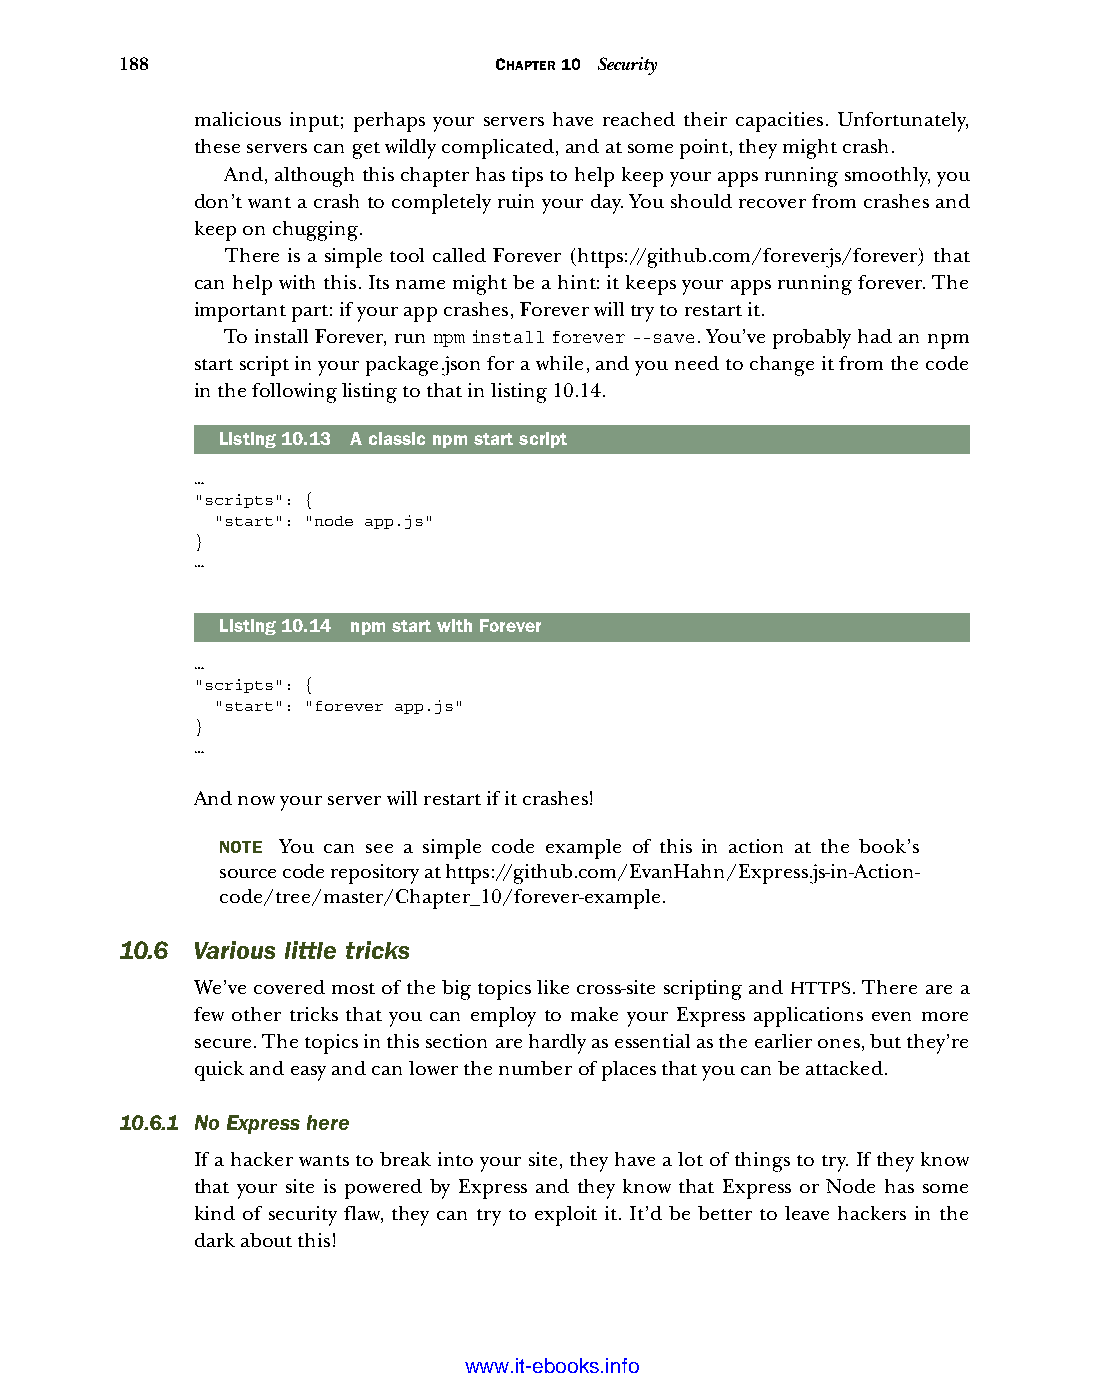
188                      CHAPTER 10 Security
 malicious input; perhaps your servers have reached their capacities. Unfortunately,
 these servers can get wildly complicated, and at some point, they might crash.
 And, although this chapter has tips to help keep your apps running smoothly, you
 don’t want a crash to completely ruin your day. You should recover from crashes and
 keep on chugging.
 There is a simple tool called Forever (https://github.com/foreverjs/forever) that
 can help with this. Its name might be a hint: it keeps your apps running forever. The
 important part: if your app crashes, Forever will try to restart it.
 To install Forever, run npm install forever --save. You’ve probably had an npm
 start script in your package.json for a while, and you need to change it from the code
 in the following listing to that in listing 10.14.
 Listing10.13 A classic npm start script
 …
 "scripts": {
 "start": "node app.js"
 }
 …
 Listing10.14 npm start with Forever
 …
 "scripts": {
 "start": "forever app.js"
 }
 …
 And now your server will restart if it crashes!
 NOTE You can see a simple code example of this in action at the book’s
 source code repository at https://github.com/EvanHahn/Express.js-in-Action-
 code/tree/master/Chapter_10/forever-example.
 10.6 Various little tricks
 We’ve covered most of the big topics like cross-site scripting and HTTPS. There are a
 few other tricks that you can employ to make your Express applications even more
 secure. The topics in this section are hardly as essential as the earlier ones, but they’re
 quick and easy and can lower the number of places that you can be attacked.
 10.6.1 No Express here
 If a hacker wants to break into your site, they have a lot of things to try. If they know
 that your site is powered by Express and they know that Express or Node has some
 kind of security flaw, they can try to exploit it. It’d be better to leave hackers in the
 dark about this!
 Licensed wtow w <.mit-ielebro.8o8k8s@.ingfomail.com>